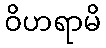
ဝိဟရာမိ